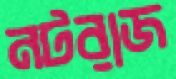
নটরাজ